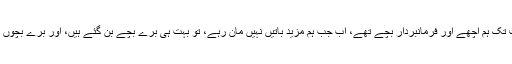
جب تک ہم امریکہ کی ہر بات مان رہے تھے تب تک ہم اچھے اور فرمانبردار بچے تھے، اب جب ہم مزید باتیں نہیں مان رہے، تو بہت ہی برے بچے بن گئے ہیں، اور برے بچوں کا نام گرے لسٹ grey list میں ڈال دیا جاتا ہے۔